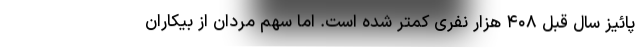
پائیز سال قبل ۴۰۸ هزار نفری کمتر شده است. اما سهم مردان از بیکاران